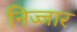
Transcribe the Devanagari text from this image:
निज्जार